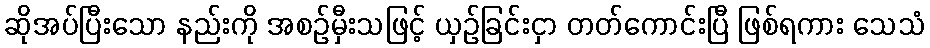
ဆိုအပ်ပြီးသော နည်းကို အစဉ်မှီးသဖြင့် ယှဉ်ခြင်းငှာ တတ်ကောင်းပြီ ဖြစ်ရကား သေသံ